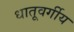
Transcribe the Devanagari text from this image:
धातूवर्गीय